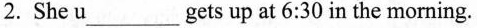
2.She u___gets up at 6:30 in the morning.